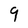
Character: 9